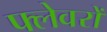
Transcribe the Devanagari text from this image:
फ्लेवरों